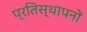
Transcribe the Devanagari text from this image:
प्रतिस्थापनों